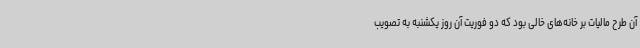
آن طرح مالیات بر خانه‌های خالی بود که دو فوریت آن روز یکشنبه به تصویب